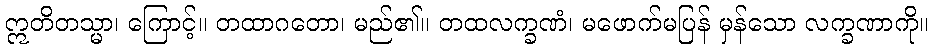
ဣတိတသ္မာ၊ ကြောင့်။ တထာဂတော၊ မည်၏။ တထလက္ခဏံ၊ မဖောက်မပြန် မှန်သော လက္ခဏာကို။